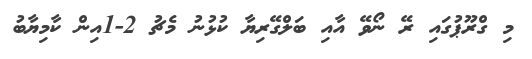
މި ގްރޫޕުގައި ރޭ ނޯވޭ އާއި ބަލްގޭރިޔާ ކުޅުނު މެޗު 2-1އިން ކާމިޔާބު